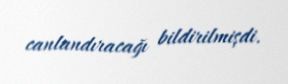
canlandıracağı bildirilmişdi.